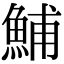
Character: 鯆